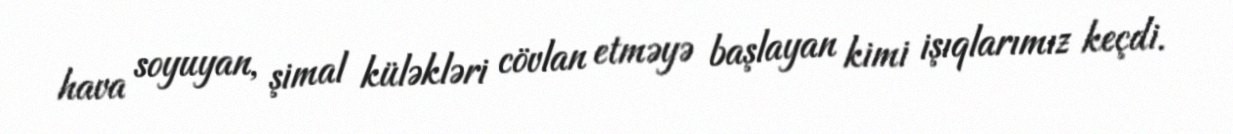
hava soyuyan, şimal küləkləri cövlan etməyə başlayan kimi işıqlarımız keçdi.